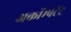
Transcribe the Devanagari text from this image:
अकॉम्पटेंट